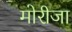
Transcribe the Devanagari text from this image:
मोरीजा